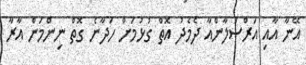
އޭނާ އާއި އަރްސަލާންއާ ދެމެދު އޮތް ގުޅުމަށް ހަދާނެ ގޮތް ނިންމަން އާރާ